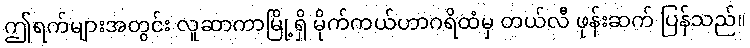
ဤရက်များအတွင်း လူဆာကာမြို့ရှိ မိုက်ကယ်ဟာဂရိထံမှ တယ်လီ ဖုန်းဆက် ပြန်သည်။